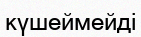
күшеймейді